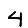
Digit: 4